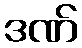
ဒဏ်